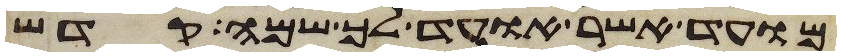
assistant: מועד אשר אועד לך שמה קדש